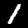
Label: 1